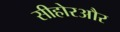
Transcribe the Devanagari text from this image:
सीहोरऔर